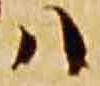
ハ